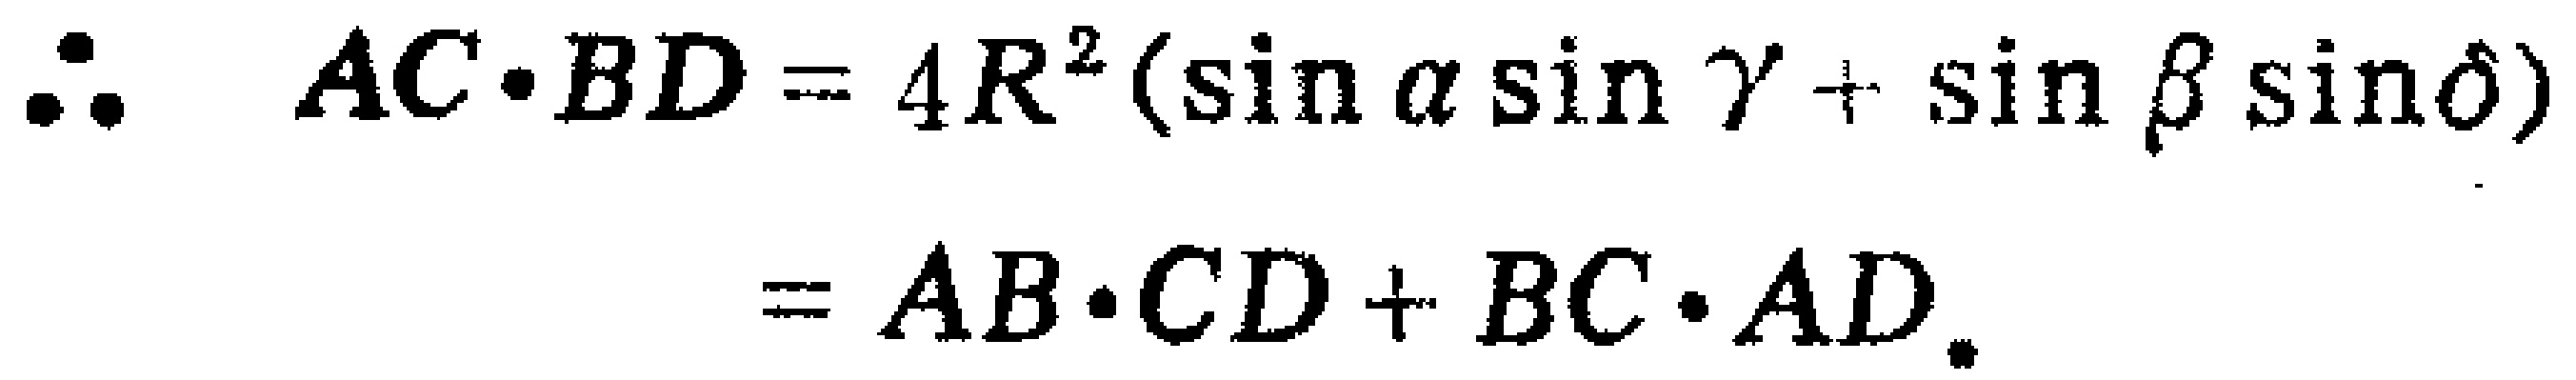
\[\therefore\quad AC\cdot BD = 4R^{2}(\sin\alpha\sin\gamma+\sin\beta\sin\delta)\\= AB\cdot CD + BC\cdot AD.\]